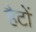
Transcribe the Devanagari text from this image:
हैटों